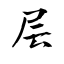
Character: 层